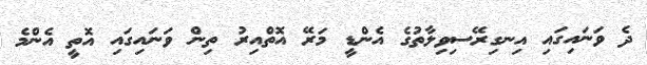
ދެ ވަނައިގައި އިނގިރޭސިވިލާތުގެ އެންޑީ މަރޭ އޮތްއިރު ތިން ވަނައިގައި އޮތީ އެންމެ